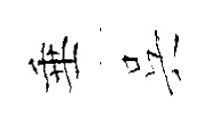
垂呉